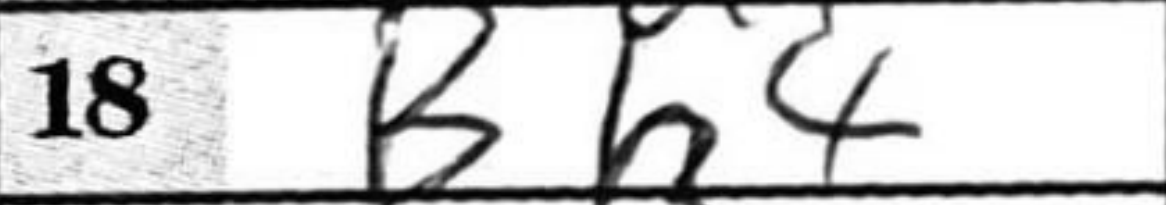
Transcription: Bh4